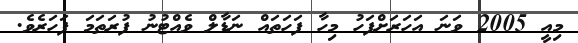
މިއީ 2005 ވަނަ އަހަރަށްފަހު މިހާ ފަހަތައް ނަޑާލް ވެއްޓުނު ފުރަތަމަ ފަހަރެވެ.